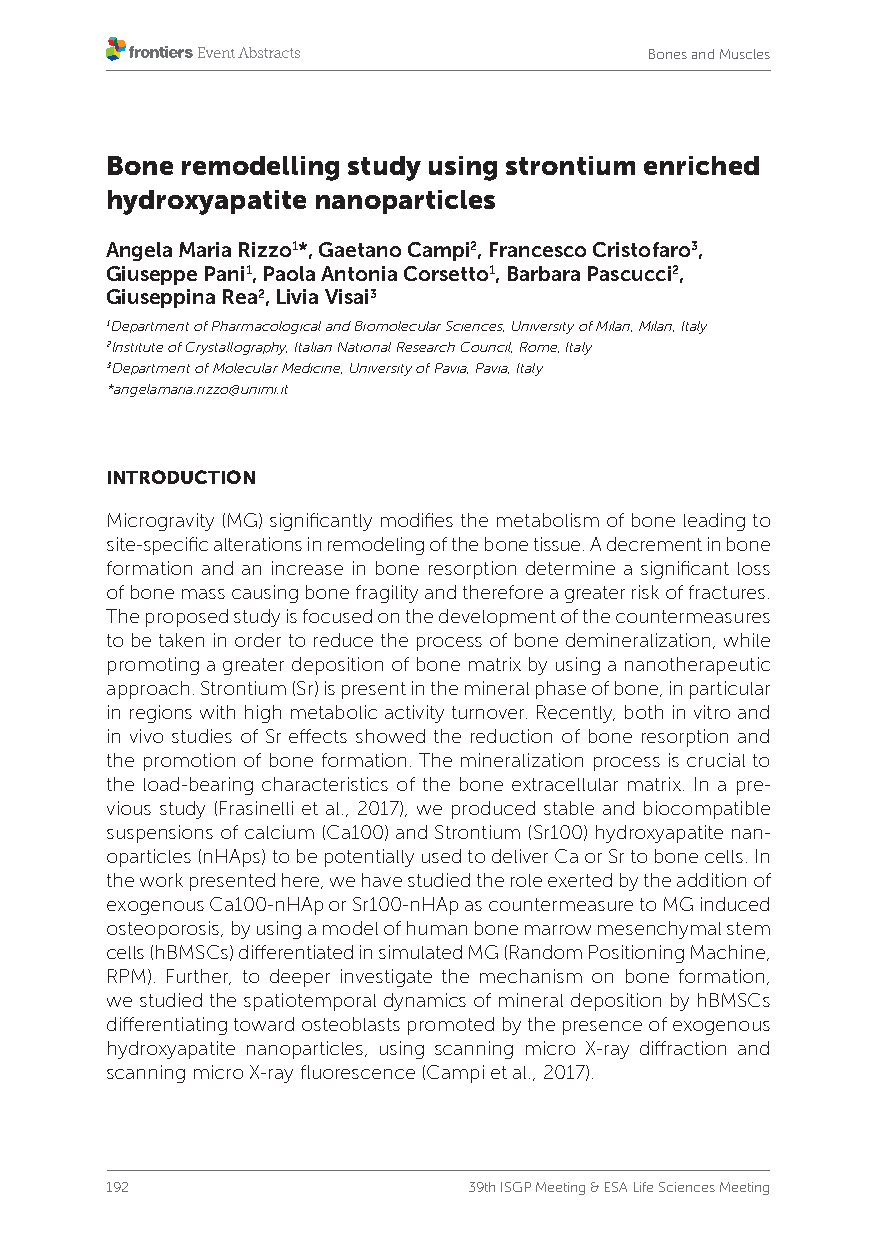
Bones and Muscles
 Bone remodelling study using strontium enriched
 hydroxyapatite nanoparticles
 Angela Maria Rizzo1*, Gaetano Campi2, Francesco Cristofaro3,
 Giuseppe Pani1, Paola Antonia Corsetto1, Barbara Pascucci2,
 Giuseppina Rea2, Livia Visai3
 1Department of Pharmacological and Biomolecular Sciences, University of Milan, Milan, Italy
 2Institute of Crystallography, Italian National Research Council, Rome, Italy
 3Department of Molecular Medicine, University of Pavia, Pavia, Italy
 *angelamaria.rizzo@unimi.it
 INTRODUCTION
 Microgravity (MG) significantly modifies the metabolism of bone leading to
 site-specific alterations in remodeling of the bone tissue. A decrement in bone
 formation and an increase in bone resorption determine a significant loss
 of bone mass causing bone fragility and therefore a greater risk of fractures.
 The proposed study is focused on the development of the countermeasures
 to be taken in order to reduce the process of bone demineralization, while
 promoting a greater deposition of bone matrix by using a nanotherapeutic
 approach. Strontium (Sr) is present in the mineral phase of bone, in particular
 in regions with high metabolic activity turnover. Recently, both in vitro and
 in vivo studies of Sr effects showed the reduction of bone resorption and
 the promotion of bone formation. The mineralization process is crucial to
 the load-bearing characteristics of the bone extracellular matrix. In a pre-
 vious study (Frasinelli et al., 2017), we produced stable and biocompatible
 suspensions of calcium (Ca100) and Strontium (Sr100) hydroxyapatite nan-
 oparticles (nHAps) to be potentially used to deliver Ca or Sr to bone cells. In
 the work presented here, we have studied the role exerted by the addition of
 exogenous Ca100-nHAp or Sr100-nHAp as countermeasure to MG induced
 osteoporosis, by using a model of human bone marrow mesenchymal stem
 cells (hBMSCs) differentiated in simulated MG (Random Positioning Machine,
 RPM). Further, to deeper investigate the mechanism on bone formation,
 we studied the spatiotemporal dynamics of mineral deposition by hBMSCs
 differentiating toward osteoblasts promoted by the presence of exogenous
 hydroxyapatite nanoparticles, using scanning micro X-ray diffraction and
 scanning micro X-ray fluorescence (Campi et al., 2017).
 192                     39th ISGP Meeting & ESA Life Sciences Meeting